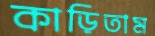
কাড়িতাম